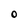
Character: O